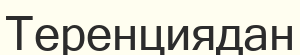
Теренциядан